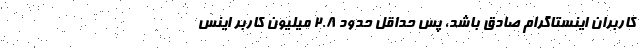
کاربران اینستاگرام صادق باشد، پس حداقل حدود ۲.۸ میلیون کاربر اینس